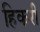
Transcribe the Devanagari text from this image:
हिकरी